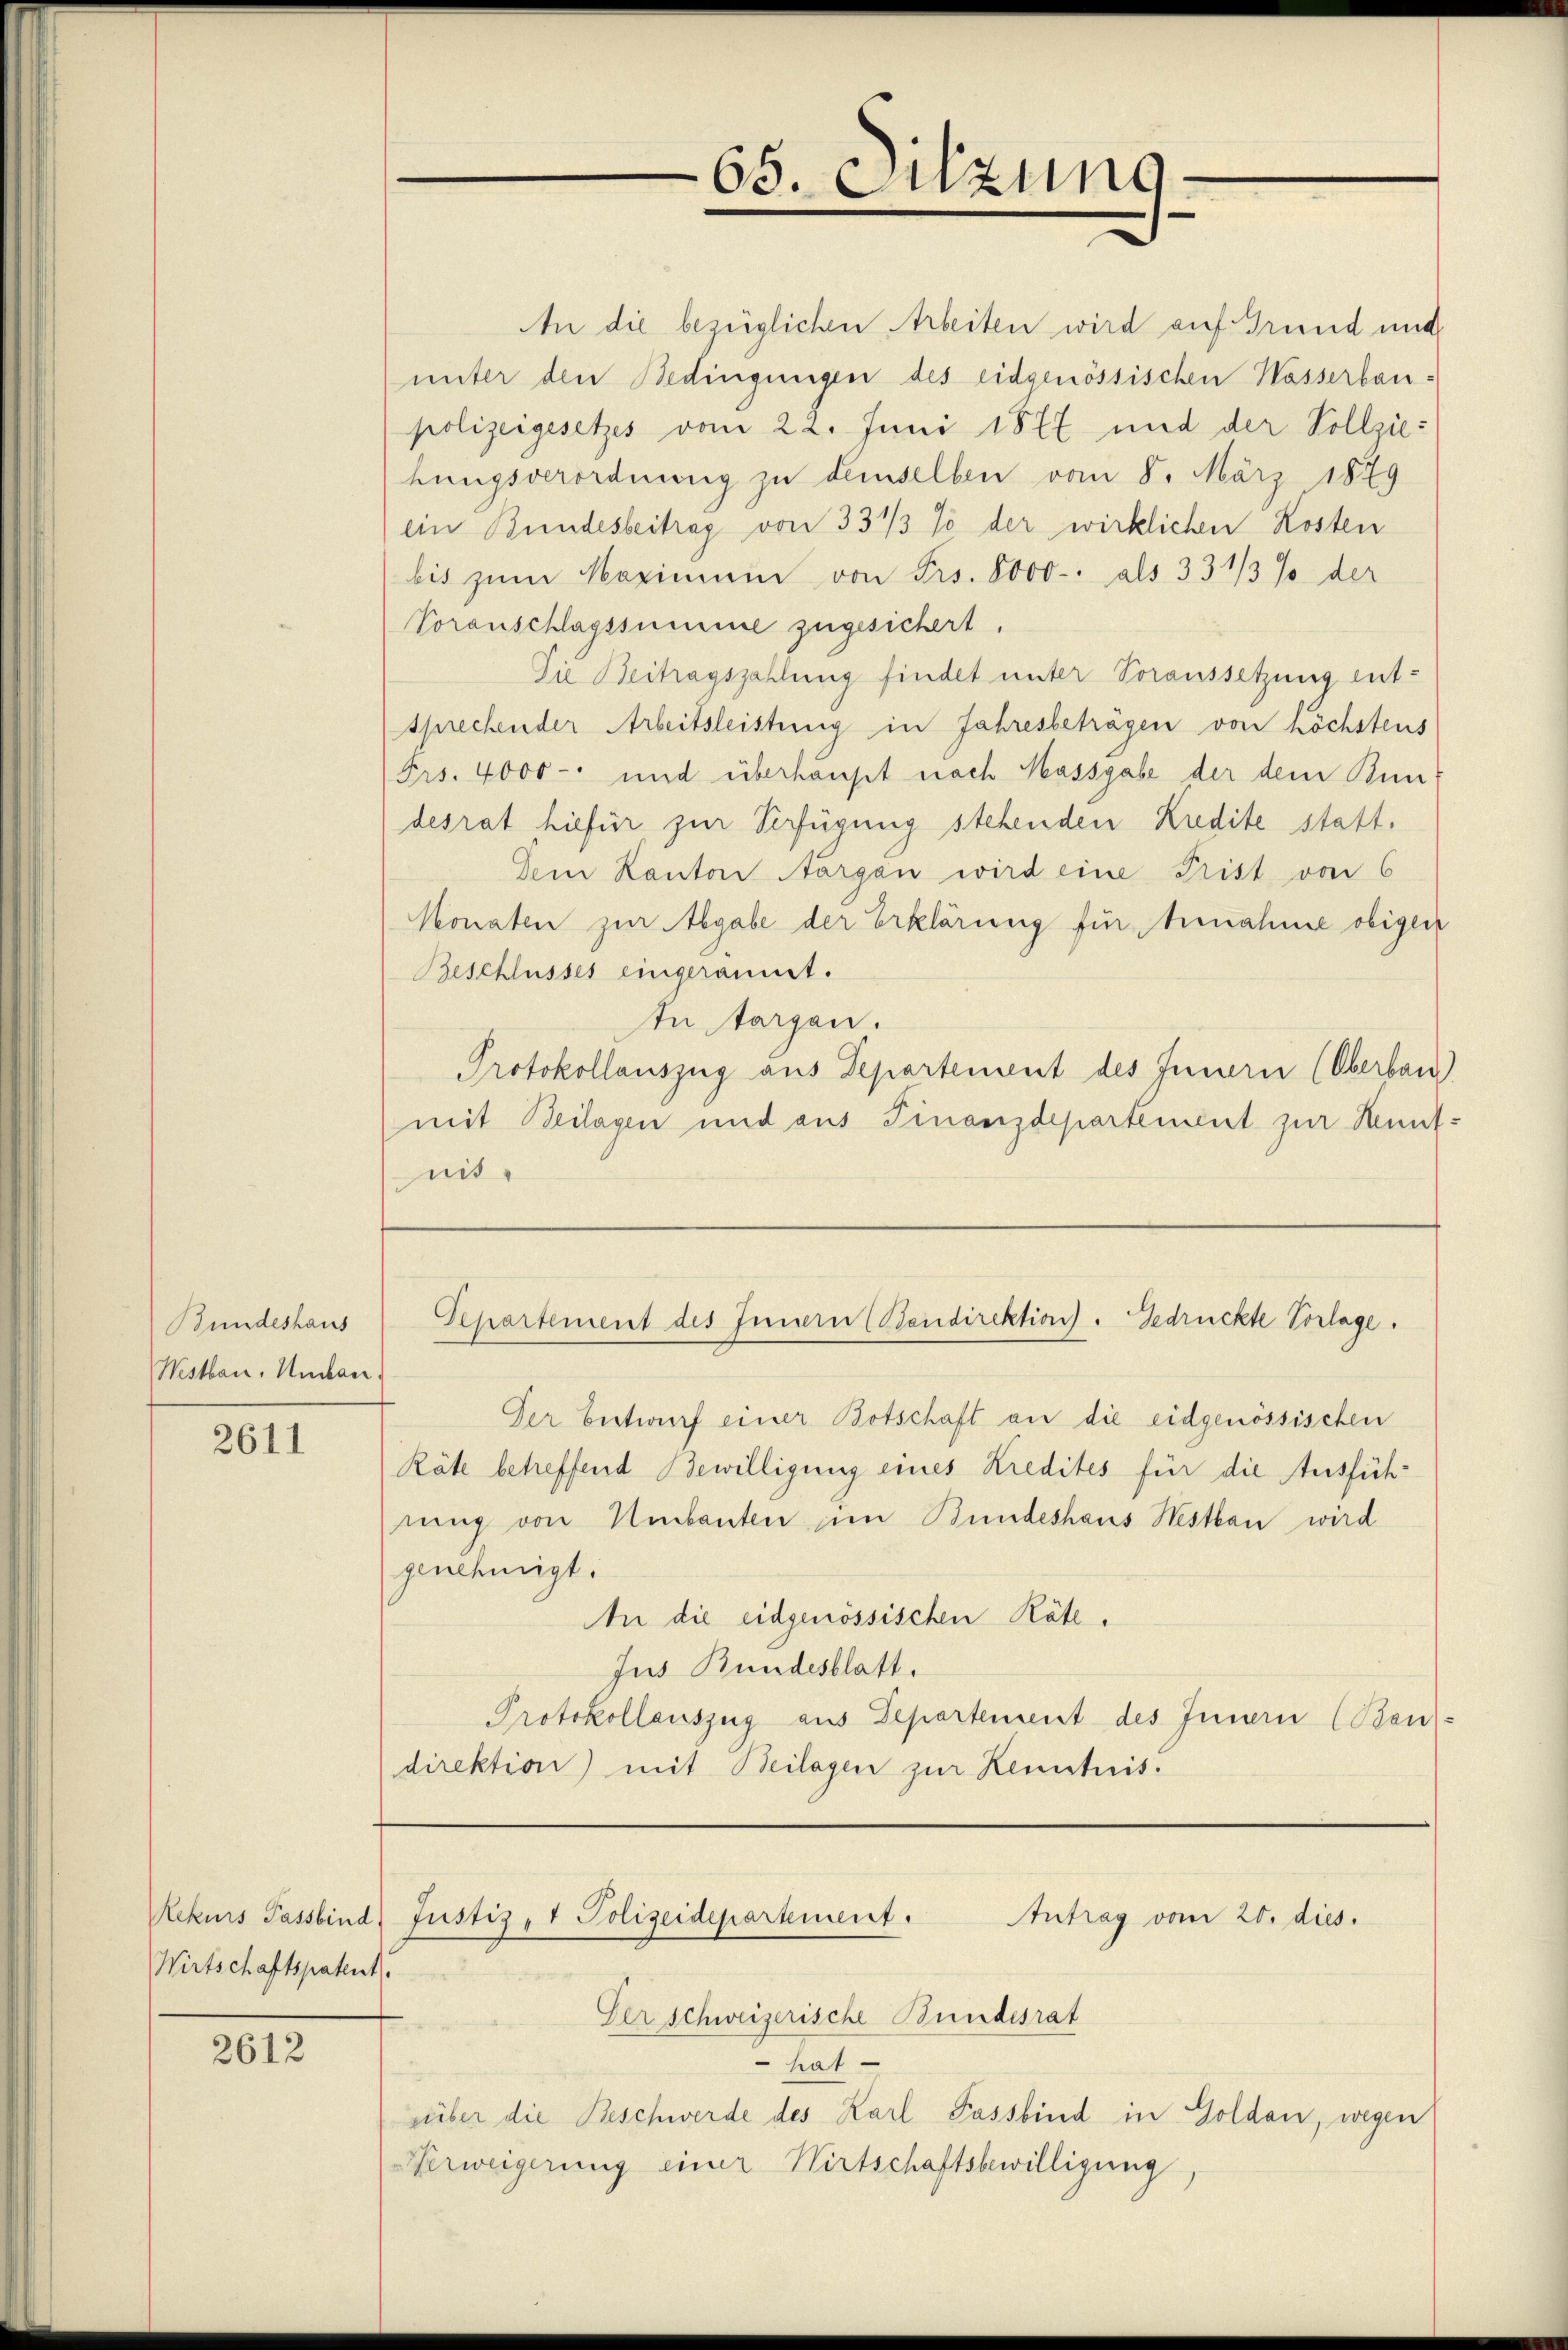
Bundeshaus
Westbau. Undan

2611

Wirtschaftspatent.

2612

An die bezüglichen Arbeiten wird auf Grund und
unter den Bedingungen des eidgenössischen Wasserbau-
polizeigesetzes vom 22. Juni 1877 und der Vollziebungsverordnung zu denselben vom 8. März 1879
ein Bundesbeitrag von 331/3 % der wirklichen Kosten
bis zum Maximum von Frs. 8000. als 331/3 % der
Voranschlagssumme zugesichert.
Die Beitragszahlung findet unter Voraussetzung ent-
sprechender Arbeitsleistung in Jahresbeträgen von höchstens
Frs. 4000 und überhaupt nach Massgabe der dem Bun
desrat hiefür zur Verfügung stehenden Kredite statt.
Dem Kanton Aargau wird eine Prist von 6
Monaten zur Abgabe der Erklärung für Annahme obigen
Beschlusses eingeramt.
In targen.
Protokollauszug aus Departement des Innern (Oberbau
(mit Beilagen und aus Finanzdepartement zur Kenntmit.

Der Entwurf einer Botschaft an die eidgenössischen
Räte betreffend Bewilligung eines Kredites für die Ausführung von Umbauten im Bundeshaus Nesthan wird
genehmigt.
An die eidgenössischen Räte.
Jus Bundesblatt.
Protokollauszug aus Departement des Innern (Bau-
direktion) mit Beilagen zur Kenntnis.

65. Sitzung

Departement des Innern (Bandirektion. Gedrückte Vorlage.

Der schweizerische Bundesrat
hat
süber die Beschwerde des Karl Fassbind in Golden, wegen
Verweigerung einer Wirtschaftsbewilligung

Rekurs Passind Justiz- & Polizeidepartement. Antrag vom 20. dies.